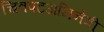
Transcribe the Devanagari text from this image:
चित्रपटअभिनेत्री